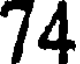
74